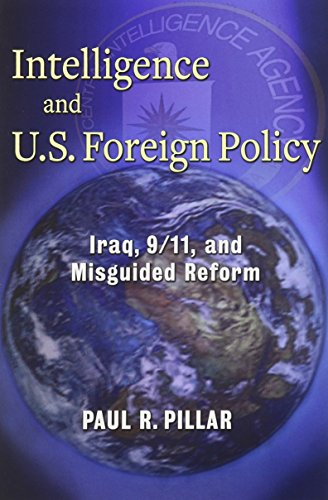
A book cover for Intelligence and U.S. Foreign Policy: Iraq, 9/11, and Misguided Reform; Paul R. Pillar; Biographies & Memoirs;